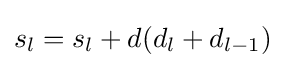
s_{l}=s_{l}+d(d_{l}+d_{l-1})